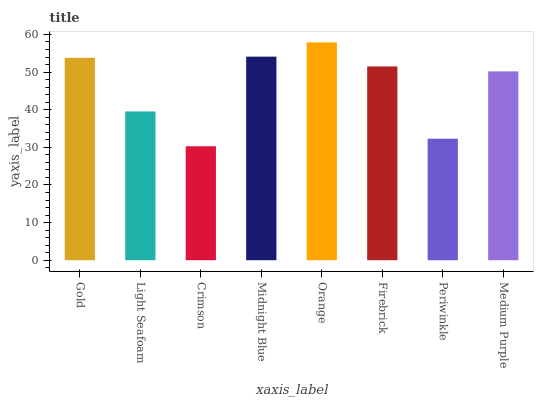
| xaxis_label | bars |
 | --- | --- |
 | Gold | 53.8 |
 | Light Seafoam | 39.5 |
 | Crimson | 30.3 |
 | Midnight Blue | 54.1 |
 | Orange | 57.9 |
 | Firebrick | 51.5 |
 | Periwinkle | 32.3 |
 | Medium Purple | 50.2 |